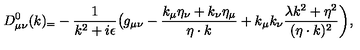
D _ { \mu \nu } ^ { 0 } ( k ) _ { = } - { \frac { 1 } { k ^ { 2 } + i \epsilon } } \bigl ( g _ { \mu \nu } - { \frac { k _ { \mu } \eta _ { \nu } + k _ { \nu } \eta _ { \mu } } { \eta \cdot k } } + k _ { \mu } k _ { \nu } { \frac { \lambda k ^ { 2 } + \eta ^ { 2 } } { ( \eta \cdot k ) ^ { 2 } } } \biggr ) ,